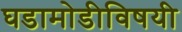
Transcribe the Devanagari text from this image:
घडामोडीविषयी